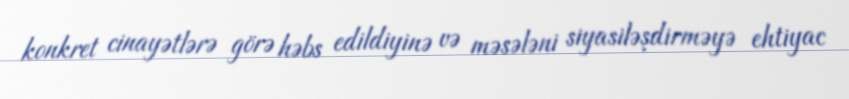
konkret cinayətlərə görə həbs edildiyinə və məsələni siyasiləşdirməyə ehtiyac